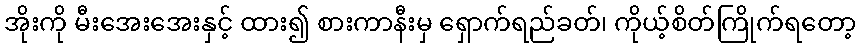
အိုးကို မီးအေးအေးနှင့် ထား၍ စားကာနီးမှ ရှောက်ရည်ခတ်၊ ကိုယ့်စိတ်ကြိုက်ရတော့